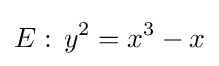
E:\,y^{2}=x^{3}-x